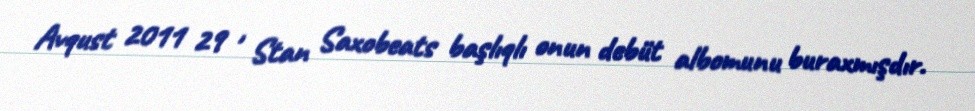
Avqust 2011 29 , Stan Saxobeats başlıqlı onun debüt albomunu buraxmışdır.